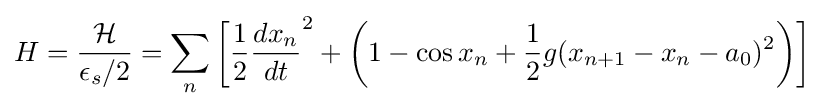
H={\frac {\mathcal {H}}{\epsilon _{s}/2}}=\sum _{n}\left[{\frac {1}{2}}{\frac {dx_{n}}{dt}}^{2}+\left(1-\cos x_{n}+{\frac {1}{2}}g(x_{n+1}-x_{n}-a_{0})^{2}\right)\right]